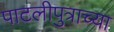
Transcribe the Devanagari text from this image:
पाटलीपुत्राच्या